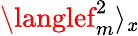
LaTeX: \langlef_{m}^{2}\rangle_{\mathit{x}}